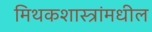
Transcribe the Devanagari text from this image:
मिथकशास्त्रांमधील